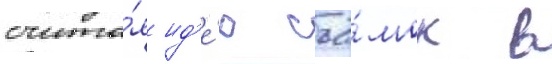
счита́я ид'е́ю съё́мок в